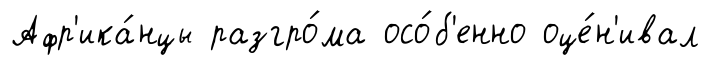
Афр'ика́нцы разгро́ма осо́б'енно оце́н'ивал